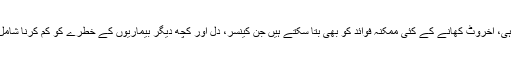
ساتھ ہی، اخروٹ کھانے کے کئی ممکنہ فوائد کو بھی بتا سکتے ہیں جن کینسر، دل اور کچھ دیگر بیماریوں کے خطرے کو کم کرنا شامل ہے۔